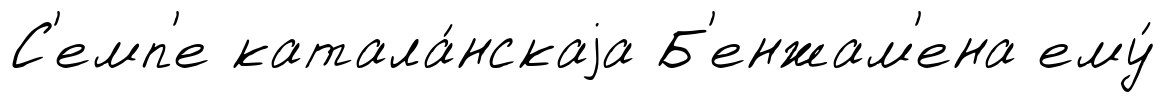
С'емп'е катала́нскаjа Б'енжам'ена ему́